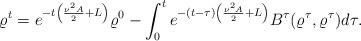
LaTeX: \begin{align*}\varrho^t = e^{-t\left(\frac{\nu^2 A}{2}+L\right)}\varrho^0 - \int_0^t e^{-(t-\tau)\left(\frac{\nu^2 A}{2}+L\right)} B^\tau(\varrho^\tau,\varrho^\tau)d\tau.\end{align*}